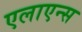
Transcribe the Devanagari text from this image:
एलाएन्स